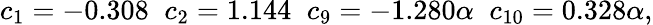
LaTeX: c_{1}=-0.308\; \; c_{2}=1.144\; \; c_{9}=-1.280\alpha\; \; c_{10}=0.328\alpha,